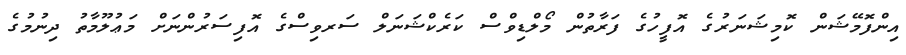
އިންފޮމޭޝަން ކޮމިޝަނަރުގެ އޮފީހުގެ ފަރާތުން މޯލްޑިވްސް ކަރެކްޝަނަލް ސަރވިސްގެ އޮފިސަރުންނަށް މަޢުލޫމާތު ދިނުމުގެ